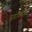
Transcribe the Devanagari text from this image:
जडधियः।।